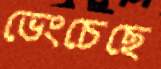
ভেংচেছে